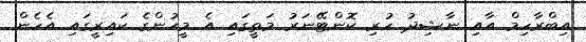
އިބްރާހިމް އާއި ނާޝިދު ހުރި ކޮންޓޭނަރު މަތީގައި އެ މީހުންގެ ކައިރީގައި އެހެން